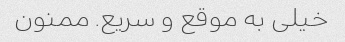
خیلی به موقع و سریع. ممنون